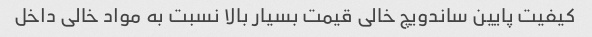
کیفیت پایین ساندویچ خالی قیمت بسیار بالا نسبت به مواد خالی داخل